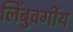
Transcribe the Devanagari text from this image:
लिंबुवर्गीय